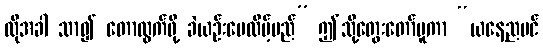
ထိုအခါ သာ၍ တောထွက်ဖို့ ခဲယဉ်းပေလိမ့်မည်” ဤသို့တွေးတော်မူကာ “ယနေ့ညပင်